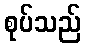
စုပ်သည်